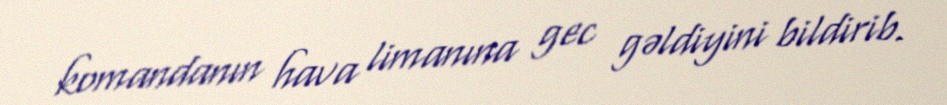
komandanın hava limanına gec gəldiyini bildirib.